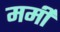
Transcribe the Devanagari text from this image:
मर्मी